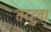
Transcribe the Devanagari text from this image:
तरहुवा